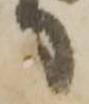
り